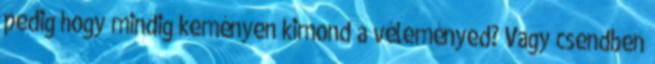
pedig hogy mindig keményen kimond a véleményed? Vagy csendben